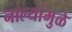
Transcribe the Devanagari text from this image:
नाल्यांमुळे